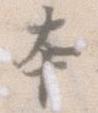
本